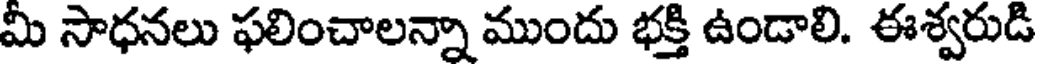
మి సాధనలు ఫలించాలన్నా ముందు భక్తి ఉండాలి. ఈశ్వరుడి